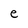
Character: e